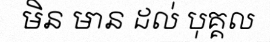
មិន មាន ដល់ បុគ្គល